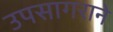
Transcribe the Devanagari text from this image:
उपसागराने